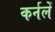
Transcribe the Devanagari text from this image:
कर्नलें